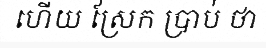
ហើយ ស្រែក ប្រាប់ ថា